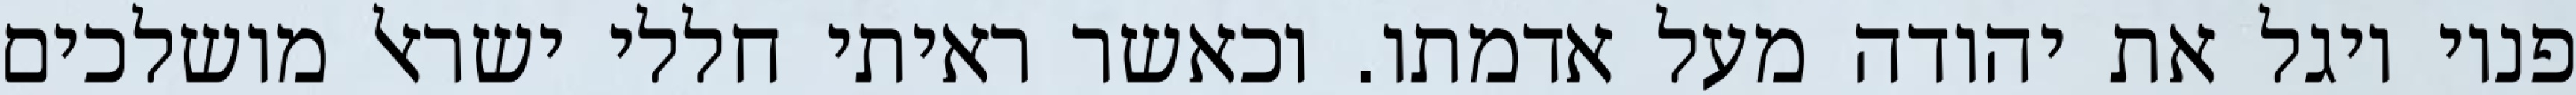
פניו ויגל את יהודה מעל אדמתו. וכאשר ראיתי חללי ישראל מושלכים